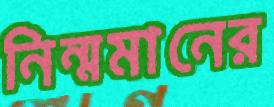
নিন্মমানের